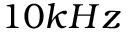
1 0 k H z